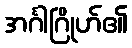
အင်္ဂါဂြိုဟ်၏